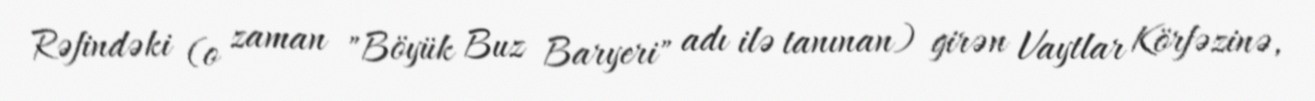
Rəfindəki (o zaman "Böyük Buz Baryeri" adı ilə tanınan) girən Vaytlar Körfəzinə,